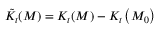
\tilde { K } _ { t } ( M ) = K _ { t } ( M ) - K _ { t } \left( M _ { 0 } \right)